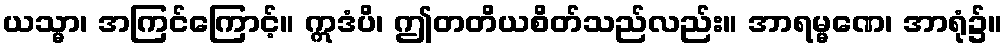
ယသ္မာ၊ အကြင်ကြောင့်။ ဣဒံပိ၊ ဤတတိယစိတ်သည်လည်း။ အာရမ္မဏေ၊ အာရုံ၌။